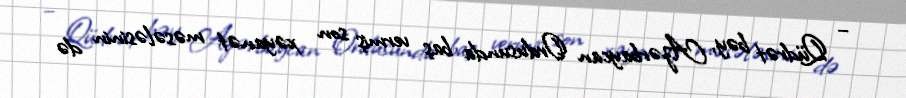
– Qüdrət bəy, Azərbaycan Ordusunda baş vermiş son xəyanət məsələsinin də